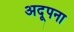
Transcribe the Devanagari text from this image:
अदूपना